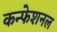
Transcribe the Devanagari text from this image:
कन्फेशनल